Epidemic dropsy in Calcutta - Number 45
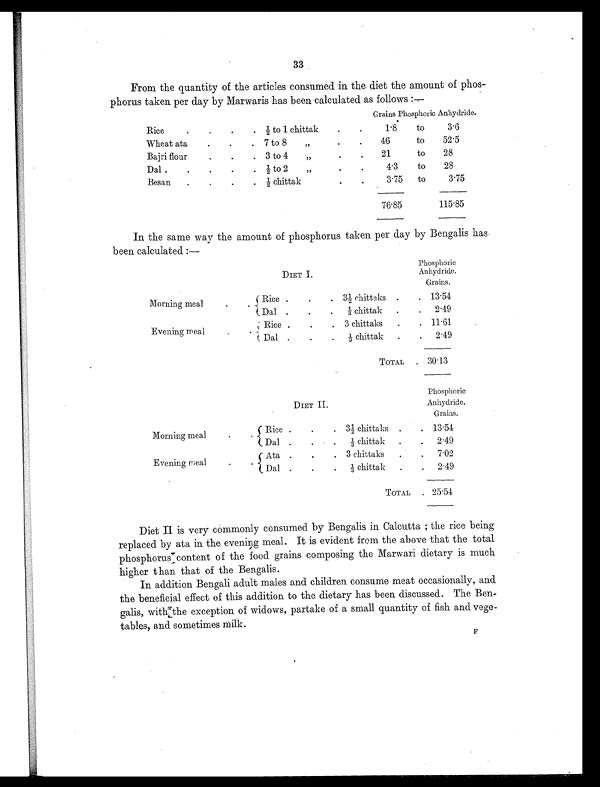
33
From the quantity of the articles consumed in the diet the amount of phos-
phorus taken per day by Marwaris has been calculated as follows :—
Grains Phosphoric Anhydride.
Rice
.
.
. . ½ to 1 chittak
.
.
1.8
to
3.6
Wheat ata
.
.
. 7 to 8
„
.
.
46
to
52.5
Bajri flour
.
.
. 3 to 4
„
.
.
21
to
28
Dal .
.
.
.
.
½ to 2
„
.
.
4.3
to
28
Besan
.
.
.
.
½ chittak
.
.
3.75
to
3.75
76.85
115.85
In the same way the amount of phosphorus taken per day by Bengalis has
been calculated :—
DIET I .
Phosphoric
Anhydride.
Grains.
Morning meal
.
. Rice .
.
. 3½ chittaks .
. 1 3 . 5 4
Dal .
.
.
1/3 chittak .
. 2.49
Evening meal
.
. Rice .
.
. 3 chittaks
.
. 11.61
Dal .
.
.
1/3 chittak
.
. 2.49
TOTAL
.
30.13
DIET II.
Phosphoric
Anhydride.
Grains.
Morning meal
.
. Rice .
.
. 3½ chittaks .
. 13.54
Dal .
.
. 1/3 chittak .
. 2.49
Evening meal
.
.
Ata .
.
. 3 chittaks
.
7.02
Dal
.
.
.
1 / 3 c h i t t a k
.
.
2.49
TOTAL
. 25.54
Diet II is very commonly consumed by Bengalis in Calcutta ; the rice being
replaced by ata in the evening meal. It is evident from the above that the total
phosphorus content of the food grains composing the Marwari dietary is much
higher than that of the Bengalis.
In addition Bengali adult males and children consume meat occasionally, and
the beneficial effect of this addition to the dietary has been discussed. The Ben
galis, with the exception of widows, partake of a small quantity of fish and vege-
tables, and sometimes milk.
F